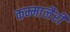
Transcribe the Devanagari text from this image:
कम्मालैरी